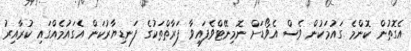
އެގޮތުން ކޮންމެ ގައުމަކުން ވެސް އެވޯޑަށް ނޮމިނޭޓްވެފައިވާ ފަރާތްތަކުގެ ފަނޑިޔާރުކަން އެގައުމެއްގައި ކުރާއިރު